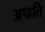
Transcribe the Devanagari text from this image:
अप्ह्रति